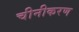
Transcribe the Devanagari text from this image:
चीनीकरण